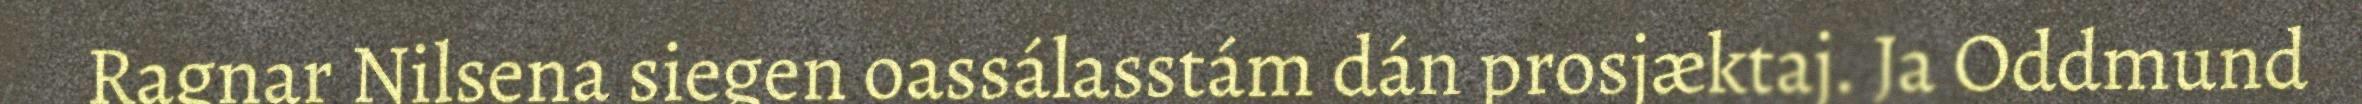
Ragnar Nilsena siegen oassálasstám dán prosjæktaj. Ja Oddmund